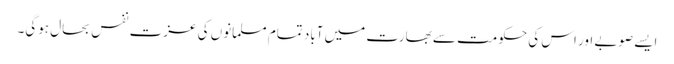
ایسے صوبے اور اس کی حکومت سے بھارت میں آباد تمام مسلمانوں کی عزت نفس بحال ہوگی۔